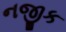
નજીક